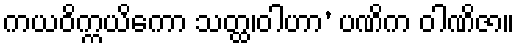
ကယဝိက္ကယိကော သတ္ထ၊ဝါဟာ’ ပဏိက ဝါဏိဇာ။